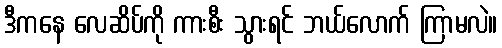
ဒီကနေ လေဆိပ်ကို ကားစီး သွားရင် ဘယ်လောက် ကြာမလဲ။